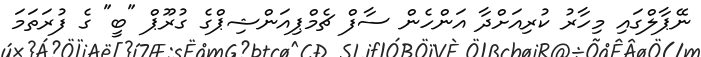
ނޭޕާލްގައި މިހާރު ކުރިއަށްދާ އަންހެން ސާފް ޗެމްޕިއަންޝިޕްގެ ގުރޫޕް "ބީ" ގެ ފުރަތަމަ